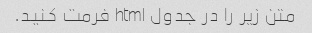
متن زیر را در جدول html فرمت کنید.